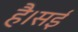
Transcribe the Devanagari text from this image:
है।सई